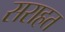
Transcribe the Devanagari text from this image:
सराहत